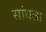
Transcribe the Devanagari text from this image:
सांधला